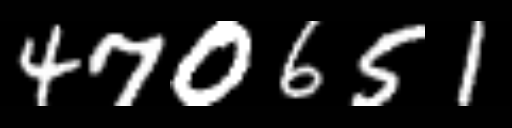
Text: 470651